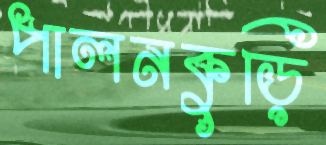
পালনকুড়ি